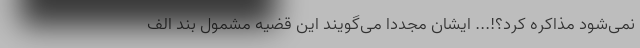
نمی‌شود مذاکره کرد؟!... ایشان مجدداً می‌گویند این قضیه مشمول بند الف